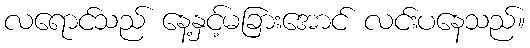
လရောင်သည် နေ့နှင့်မခြားအောင် လင်းပနေသည်။